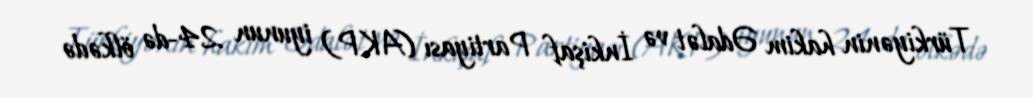
Türkiyənin hakim Ədalət və İnkişaf Partiyası (AKP) iyunun 24-də ölkədə